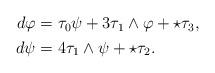
LaTeX: \begin{align*}\begin{aligned} d\varphi &= \tau_0 \psi + 3 \tau_1 \wedge \varphi + \star \tau_3, \\ d\psi &= 4 \tau_1 \wedge \psi + \star \tau_2.\end{aligned}\end{align*}